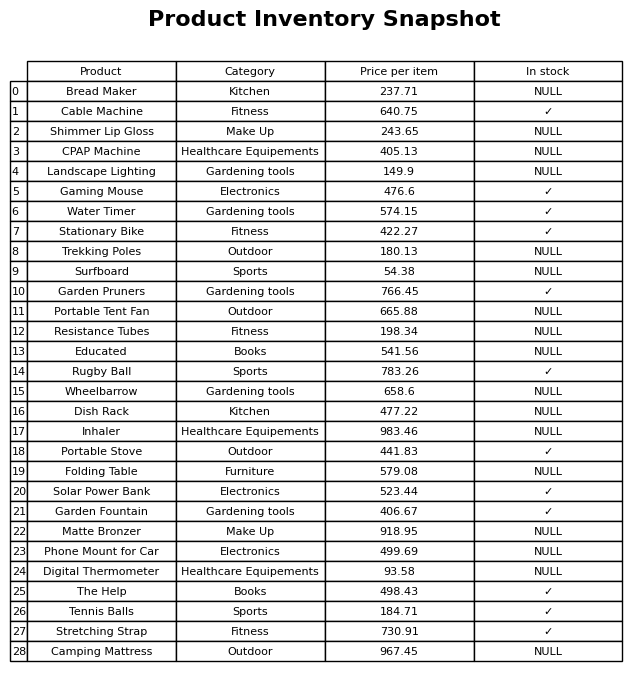
question: Which products are available in stock?
answer: Cable Machine, Gaming Mouse, Water Timer, Stationary Bike, Garden Pruners, Rugby Ball, Portable Stove, Solar Power Bank, Garden Fountain, The Help, Tennis Balls, Stretching Strap